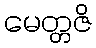
မေတ္တဇိ